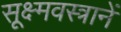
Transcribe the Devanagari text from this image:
सूक्ष्मवस्त्रानें